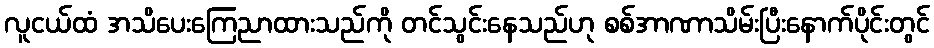
လူငယ်ထံ အသိပေးကြေညာထားသည်ကို တင်သွင်းနေသည်ဟု စစ်အာဏာသိမ်းပြီးနောက်ပိုင်းတွင်